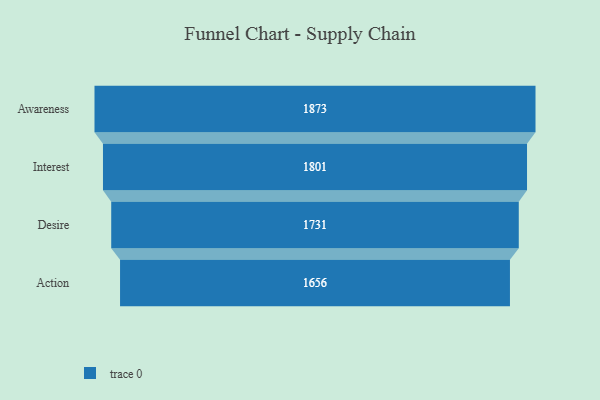
{"axis": {"x": "Stage", "y": "Value"}, "legend": [""], "data": [{"x": "Awareness", "y": 1873.0, "type": ""}, {"x": "Interest", "y": 1801.0, "type": ""}, {"x": "Desire", "y": 1731.0, "type": ""}, {"x": "Action", "y": 1656.0, "type": ""}]}